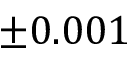
\pm 0 . 0 0 1